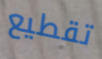
تقطيع